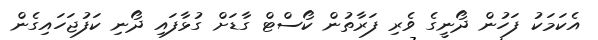
އެކަމަކު ފަހުން ދޯނީގެ ވެރި ފަރާތުން ކޯސްޓް ގާޑަށް ގުޅާފައި ދޯނި ކަފުޖަހައިގެން